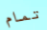
تمام